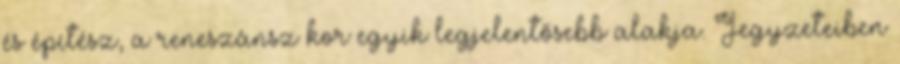
és építész, a reneszánsz kor egyik legjelentősebb alakja. Jegyzeteiben